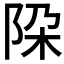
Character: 𨹃